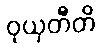
ဝုယှတီတိ